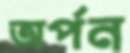
অর্পন